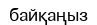
байқаңыз